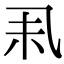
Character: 𠃥